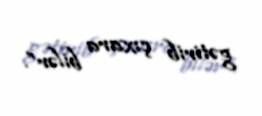
gətirib çıxara bilər”.